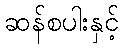
ဆန်စပါးနှင့်